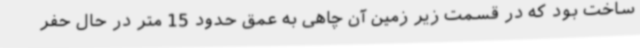
ساخت بود که در قسمت زیر زمین آن چاهی به عمق حدود 15 متر در حال حفر